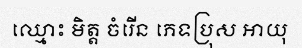
ឈ្មោះ មិត្ត ចំរើន ភេទប្រុស អាយុ